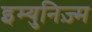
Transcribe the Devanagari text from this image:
इम्युनिज़्म